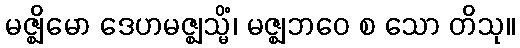
မဇ္ဈိမော ဒေဟမဇ္ဈသ္မိံ၊ မဇ္ဈဘဝေ စ သော တိသု။